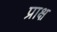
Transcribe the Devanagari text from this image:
प्राक्ष